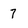
Character: 7